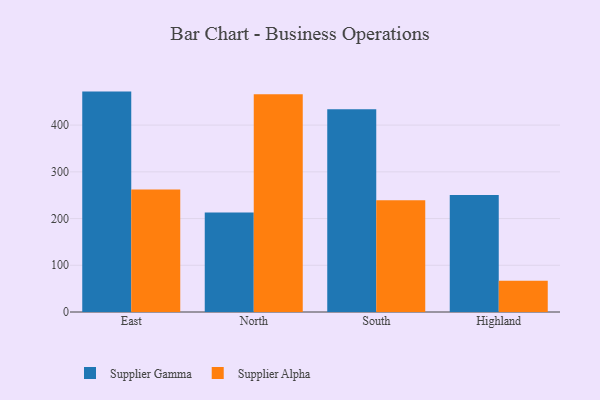
{"axis": {"x": "Region", "y": "Population (Million)"}, "legend": ["Supplier Alpha", "Supplier Gamma"], "data": [{"x": "East", "y": 471.7, "type": "Supplier Gamma"}, {"x": "East", "y": 262.0, "type": "Supplier Alpha"}, {"x": "North", "y": 212.9, "type": "Supplier Gamma"}, {"x": "North", "y": 466.1, "type": "Supplier Alpha"}, {"x": "South", "y": 433.9, "type": "Supplier Gamma"}, {"x": "South", "y": 239.1, "type": "Supplier Alpha"}, {"x": "Highland", "y": 250.4, "type": "Supplier Gamma"}, {"x": "Highland", "y": 66.9, "type": "Supplier Alpha"}]}